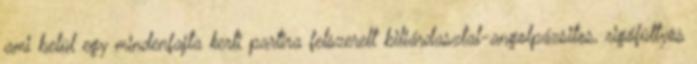
ami belül egy mindenfajta kerti partira felszerelt biliárdasztal-angol­pá­zsitos, rigófüttyös